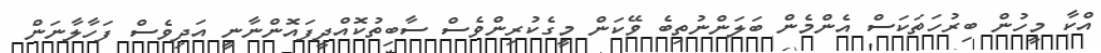
އްކާ މީހުން ބިރުހަތަކަސް އެންމެން ބަލަންނުތިބެ ވޭކަން މީގެކުރިންވެސް ސާބިތުކޮއްދީފައޮންނާނީ އަދިވެސް ފަހާލާނަން